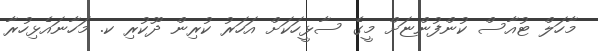
މާހަލް ޓުއާސް ކުންފުންޏަށް މީގެ ސާޅީހަކަށް އަހަރު ކުރިން ދޫކުރި ކ. މަހާނައެޅިހުރާ